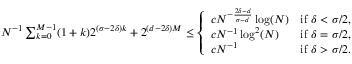
\begin{array} { r } { N ^ { - 1 } \sum _ { k = 0 } ^ { M - 1 } ( 1 + k ) 2 ^ { ( \sigma - 2 \delta ) k } + 2 ^ { ( d - 2 \delta ) M } \leq \left\{ \begin{array} { l l } { c N ^ { - \frac { 2 \delta - d } { \sigma - d } } \log ( N ) } & { \mathrm { i f ~ } \delta < \sigma / 2 , } \\ { c N ^ { - 1 } \log ^ { 2 } ( N ) } & { \mathrm { i f ~ } \delta = \sigma / 2 , } \\ { c N ^ { - 1 } } & { \mathrm { i f ~ } \delta > \sigma / 2 . } \end{array} \right. } \end{array}